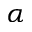
\alpha